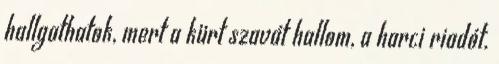
hallgathatok, mert a kürt szavát hallom, a harci riadót.